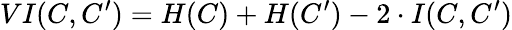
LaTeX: VI(C,C^{\prime})=H(C)+H(C^{\prime})-2\cdot I(C,C^{\prime})